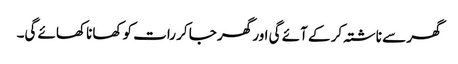
گھر سے ناشتہ کر کے آئے گی اور گھر جا کر رات کو کھانا کھائے گی۔